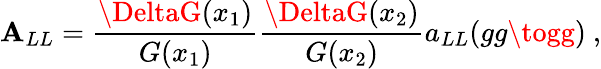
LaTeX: \mathbf{A}_{LL}={\frac{{\DeltaG(x_{1})}}{{G(x_{1})}}}{\frac{{\DeltaG(x_{2})}}{{G(x_{2})}}}a_{LL}(gg\togg)\ ,